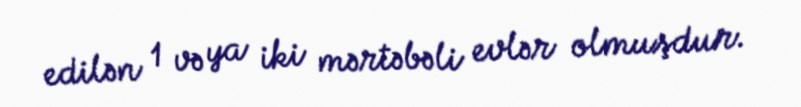
edilən 1 və ya iki mərtəbəli evlər olmuşdur.